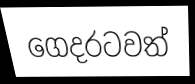
ගෙදරටවත්